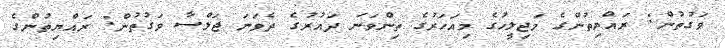
ވަގުތުން: ރައްޔިތުންގެ މަޖިލީހުގެ މިއަހަރުގެ ތިންވަނަ ދައުރުގެ ދެވަނަ ޖަލްސާ ވަގުތުން: ރައްޔިތުންގެ